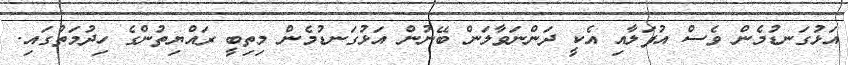
އަޅުގަނޑުމެން ވެސް އުފަލާއި އެކީ ދަންނަވާލަން ބޭނުން އަޅުގަނޑުމެން މިތިބީ ރައްޔިތުންގެ ހިދުމަތުގައި.